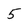
Character: 5